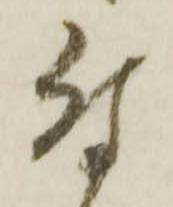
付